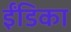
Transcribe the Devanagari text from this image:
ईंडिका